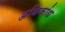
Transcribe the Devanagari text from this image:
अधिकांध